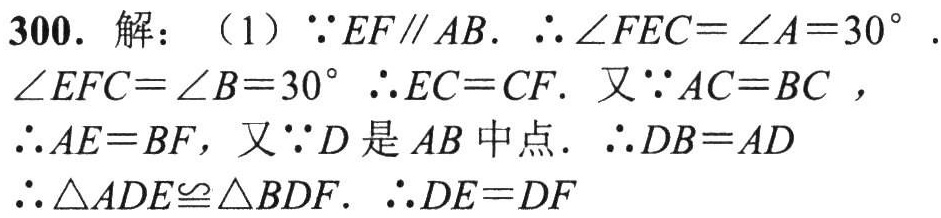
300. 解：（1）\(\because EF\parallel AB\). \(\therefore \angle FEC = \angle A = 30^{\circ}\).
\(\angle EFC=\angle B = 30^{\circ}\) \(\therefore EC = CF\). 又\(\because AC = BC\) ，
\(\therefore AE = BF\)，又\(\because D\)是\(AB\)中点. \(\therefore DB = AD\)
\(\therefore \triangle ADE\cong\triangle BDF\). \(\therefore DE = DF\)